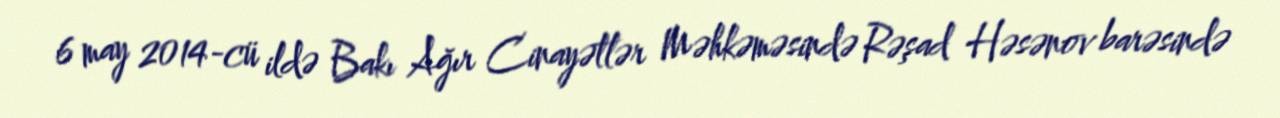
6 may 2014-cü ildə Bakı Ağır Cinayətlər Məhkəməsində Rəşad Həsənov barəsində